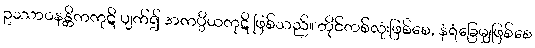
ဥဿာဝနန္တိကကုဋိ ပျက်၍ အကပ္ပိယကုဋိ ဖြစ်သည်။ တိုင်တစ်လုံးဖြစ်စေ, နံရံခြေမျှဖြစ်စေ